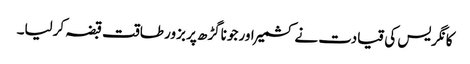
کانگریس کی قیادت نے کشمیر اور جوناگڑھ پر بزور طاقت قبضہ کرلیا۔